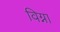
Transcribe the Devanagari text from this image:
विग्ना